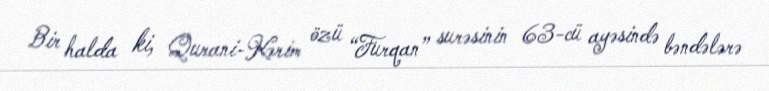
Bir halda ki, Qurani-Kərim özü “Furqan” surəsinin 63-cü ayəsində bəndələrə